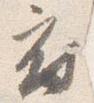
府